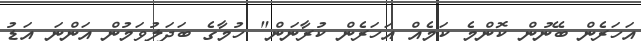
އަހަރެން ބޭނުން ކޮންމެ ކަމެއް އަހަރެން ކުރާނަން" ހުމާގެ ބަދަލުވަމުން އަންނަ އަޑު